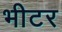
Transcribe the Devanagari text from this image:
भीटर